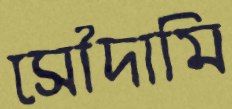
সৌদামি